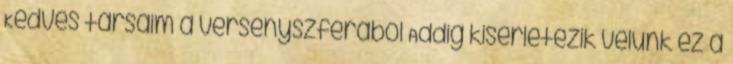
Kedves társaim a versenyszférából Addig kisérletezik velünk ez a